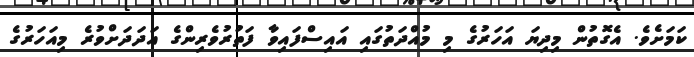
ކަމަށެވެ. އެގޮތުން މިދިޔަ އަހަރުގެ މި މުއްދަތުގައި އައިސްފައިވާ ފަތުރުވެރިންގެ އަދަދަށްވުރެ މިއަހަރުގެ